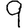
Digit: 9